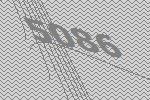
5086